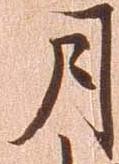
月